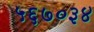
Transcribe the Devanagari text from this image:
५६७०३४